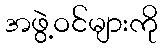
အဖွဲ့ဝင်များကို